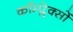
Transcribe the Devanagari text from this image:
कॉम्प्लेक्सों